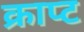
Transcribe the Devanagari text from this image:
क्राप्ट